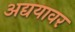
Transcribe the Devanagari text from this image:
अद्ययावर